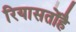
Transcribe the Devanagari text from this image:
रियासतोंहै